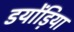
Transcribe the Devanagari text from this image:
डयोंड़िया